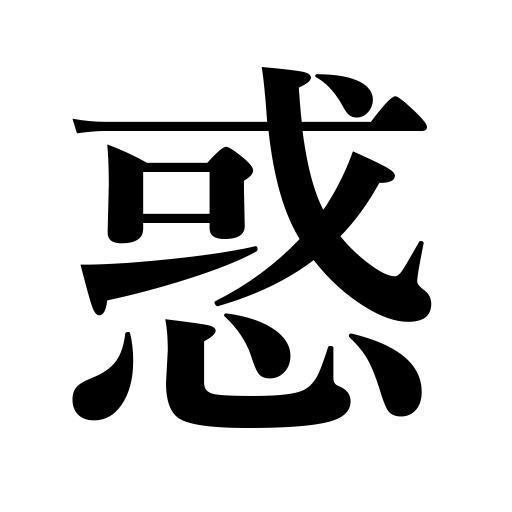
Meanings: be infatuated,hesitate,be perplexed,be in doubt,go astray,be misguided,err,vacillate,be tempted